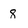
Character: 8